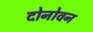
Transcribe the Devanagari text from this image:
दोनोवन